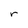
Character: r